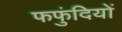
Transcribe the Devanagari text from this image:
फफुंदियों